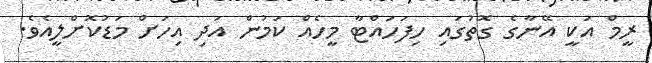
ރީމް އަކީ އޭނާގެ ގޮތުގައި ހިފަހައްޓާ މީހެއް ކަމުން އަދި އިހަށް މަޑުކޮށްލީއެވެ.